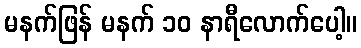
မနက်ဖြန် မနက် ၁၀ နာရီလောက်ပေါ့။